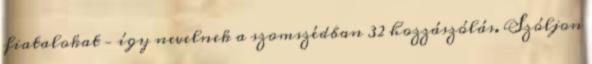
fiatalokat – így nevelnek a szomszédban 32 hozzászólás. Szóljon